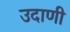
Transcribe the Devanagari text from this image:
उदाणी